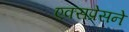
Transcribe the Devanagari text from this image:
एक्सप्रेसने